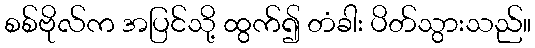
စစ်ဗိုလ်က အပြင်သို့ ထွက်၍ တံခါး ပိတ်သွားသည်။